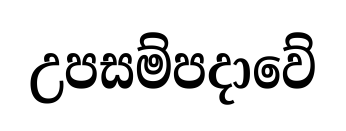
උපසම්පදාවේ